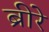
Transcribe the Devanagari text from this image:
ब्रीरे